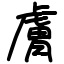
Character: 膚